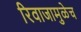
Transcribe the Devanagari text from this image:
रिवाजामुळेच